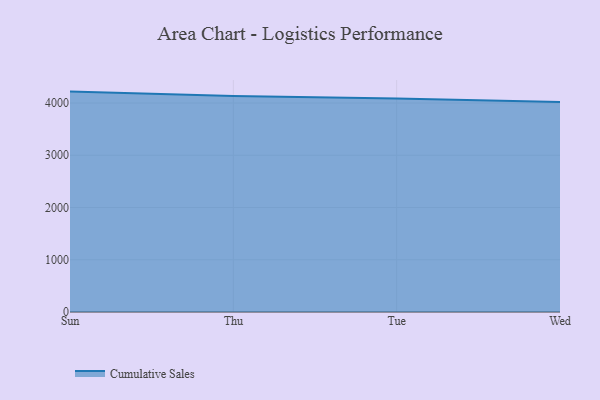
{"axis": {"x": "Day", "y": "LTV (USD)"}, "legend": ["Cumulative Sales"], "data": [{"x": "Sun", "y": 4218.6, "type": "Cumulative Sales"}, {"x": "Thu", "y": 4134.3, "type": "Cumulative Sales"}, {"x": "Tue", "y": 4087.2, "type": "Cumulative Sales"}, {"x": "Wed", "y": 4017.2, "type": "Cumulative Sales"}]}